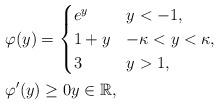
LaTeX: \begin{align*}&\varphi(y)=\begin{cases}e^y & y<-1,\\1+y & -\kappa<y<\kappa,\\3 & y>1,\end{cases}\\&\varphi'(y)\geq 0 y\in\mathbb{R},\end{align*}